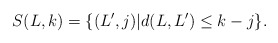
\begin{gather*}S(L,k) = \{(L',j) | d(L,L')\leq k-j\}.\end{gather*}